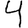
Digit: 4